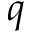
\boldsymbol { q }